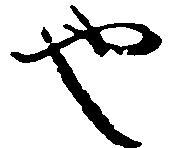
也